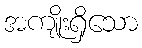
အကျိုးရှိသော